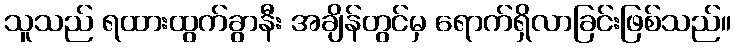
သူသည် ရထားထွက်ခွာနီး အချိန်တွင်မှ ရောက်ရှိလာခြင်းဖြစ်သည်။